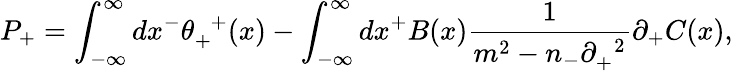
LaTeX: P_{+}=\int_{-{\infty}}^{\infty}dx^{-}{\theta}_{+}^{\; \; +}(x)-\int_{-{\infty}}^{\infty}dx^{+}B(x)\frac{1}{m^{2}-n_{-}{\partial}_{+}^{\; \; 2}}{\partial}_{+}C(x),